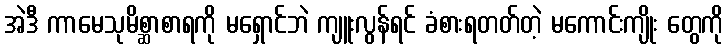
အဲဒီ ကာမေသုမိစ္ဆာစာရကို မရှောင်ဘဲ ကျူးလွန်ရင် ခံစားရတတ်တဲ့ မကောင်းကျိုး တွေကို